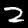
Label: 2